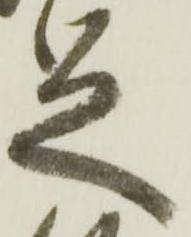
足